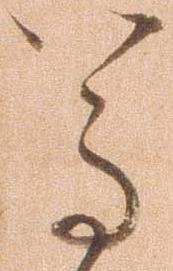
尊